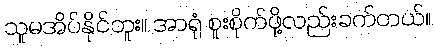
သူမအိပ်နိုင်ဘူး။ အာရုံ စူးစိုက်ဖို့လည်းခက်တယ်။